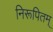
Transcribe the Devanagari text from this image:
निरूपितम्